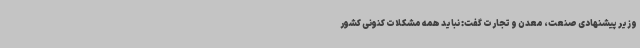
وزیر پیشنهادی صنعت، معدن و تجارت گفت: نباید همه مشکلات کنونی کشور